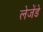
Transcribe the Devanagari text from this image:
लेजेंडे